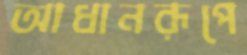
আধানরূপে